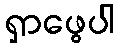
ရှာဖွေပါ